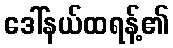
ဒေါ်နယ်ထရန့်၏